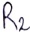
Text: R2